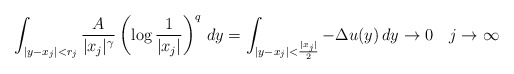
\begin{align*} \int_{|y-x_j|<r_j} \frac{A}{|x_j|^\gamma} \left(\log\frac{1}{|x_j|}\right)^q \,dy=\int_{|y-x_j|<\frac{|x_j|}{2}} -\Delta u(y)\,dy\to0 \quad j\to\infty \end{align*}